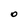
Character: O